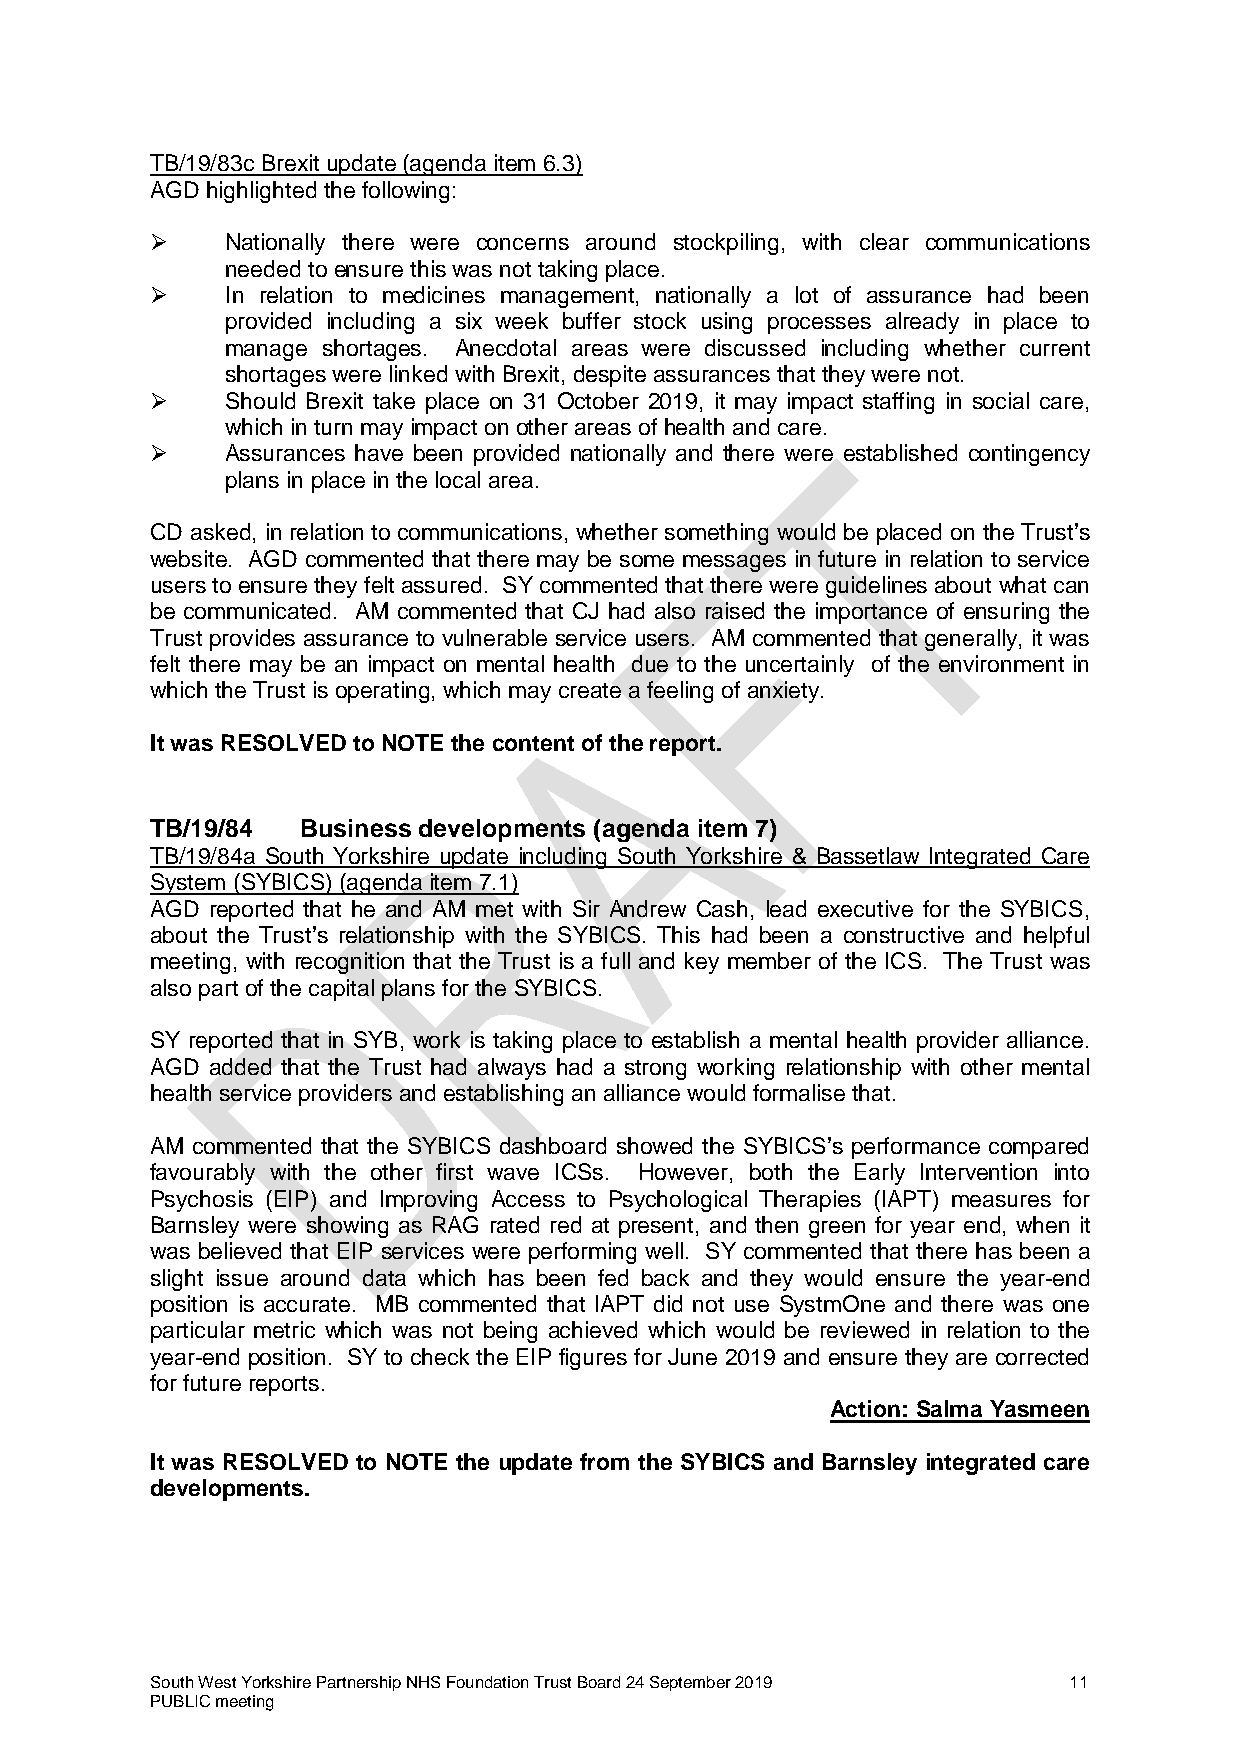
TB/19/83c Brexit update (agenda item 6.3)
 AGD highlighted the following:
     Nationally there were concerns around stockpiling, with clear communications
 needed to ensure this was not taking place.
     In relation to medicines management, nationally a lot of assurance had been
 provided including a six week buffer stock using processes already in place to
 manage shortages. Anecdotal areas were discussed including whether current
 shortages were linked with Brexit, despite assurances that they were not.
     Should Brexit take place on 31 October 2019, it may impact staffing in social care,
 which in turn may impact on other areas of health and care.
     Assurances have been provided nationally and there were established contingency
 plans in place in the local area.
 CD asked, in relation to communications, whether something would be placed on the Trust’s
 website. AGD commented that there may be some messages in future in relation to service
 users to ensure they felt assured. SY commented that there were guidelines about what can
 be communicated. AM commented that CJ had also raised the importance of ensuring the
 Trust provides assurance to vulnerable service users. AM commented that generally, it was
 felt there may be an impact on mental health due to the uncertainly of the environment in
 which the Trust is operating, which may create a feeling of anxiety.
 It was RESOLVED to NOTE the content of the report.
 TB/19/84  Business developments (agenda item 7)
 TB/19/84a South Yorkshire update including South Yorkshire & Bassetlaw Integrated Care
 System (SYBICS) (agenda item 7.1)
 AGD reported that he and AM met with Sir Andrew Cash, lead executive for the SYBICS,
 about the Trust’s relationship with the SYBICS. This had been a constructive and helpful
 meeting, with recognition that the Trust is a full and key member of the ICS. The Trust was
 also part of the capital plans for the SYBICS.
 SY reported that in SYB, work is taking place to establish a mental health provider alliance.
 AGD added that the Trust had always had a strong working relationship with other mental
 health service providers and establishing an alliance would formalise that.
 AM commented that the SYBICS dashboard showed the SYBICS’s performance compared
 favourably with the other first wave ICSs. However, both the Early Intervention into
 Psychosis (EIP) and Improving Access to Psychological Therapies (IAPT) measures for
 Barnsley were showing as RAG rated red at present, and then green for year end, when it
 was believed that EIP services were performing well. SY commented that there has been a
 slight issue around data which has been fed back and they would ensure the year-end
 position is accurate. MB commented that IAPT did not use SystmOne and there was one
 particular metric which was not being achieved which would be reviewed in relation to the
 year-end position. SY to check the EIP figures for June 2019 and ensure they are corrected
 for future reports.
 Action: Salma Yasmeen
 It was RESOLVED to NOTE the update from the SYBICS and Barnsley integrated care
 developments.
 South West Yorkshire Partnership NHS Foundation Trust Board 24 September 2019 11
 PUBLIC meeting